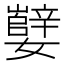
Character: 𫲕